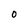
Character: 0